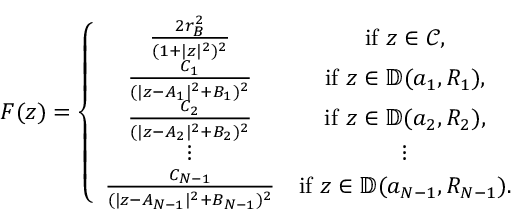
F ( z ) = \left\{ \begin{array} { c c } { \frac { 2 r _ { B } ^ { 2 } } { ( 1 + | z | ^ { 2 } ) ^ { 2 } } } & { \mathrm { i f } \ z \in \mathcal { C } , } \\ { \frac { C _ { 1 } } { ( | z - A _ { 1 } | ^ { 2 } + B _ { 1 } ) ^ { 2 } } } & { \mathrm { i f } \ z \in \mathbb { D } ( a _ { 1 } , R _ { 1 } ) , } \\ { \frac { C _ { 2 } } { ( | z - A _ { 2 } | ^ { 2 } + B _ { 2 } ) ^ { 2 } } } & { \mathrm { i f } \ z \in \mathbb { D } ( a _ { 2 } , R _ { 2 } ) , } \\ { \vdots } & { \vdots } \\ { \frac { C _ { N - 1 } } { ( | z - A _ { N - 1 } | ^ { 2 } + B _ { N - 1 } ) ^ { 2 } } } & { \mathrm { i f } \ z \in \mathbb { D } ( a _ { N - 1 } , R _ { N - 1 } ) . } \end{array} \right.